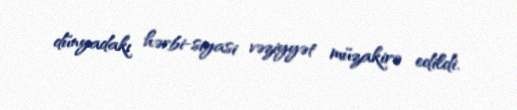
dünyadakı hərbi-siyasi vəziyyət müzakirə edildi.